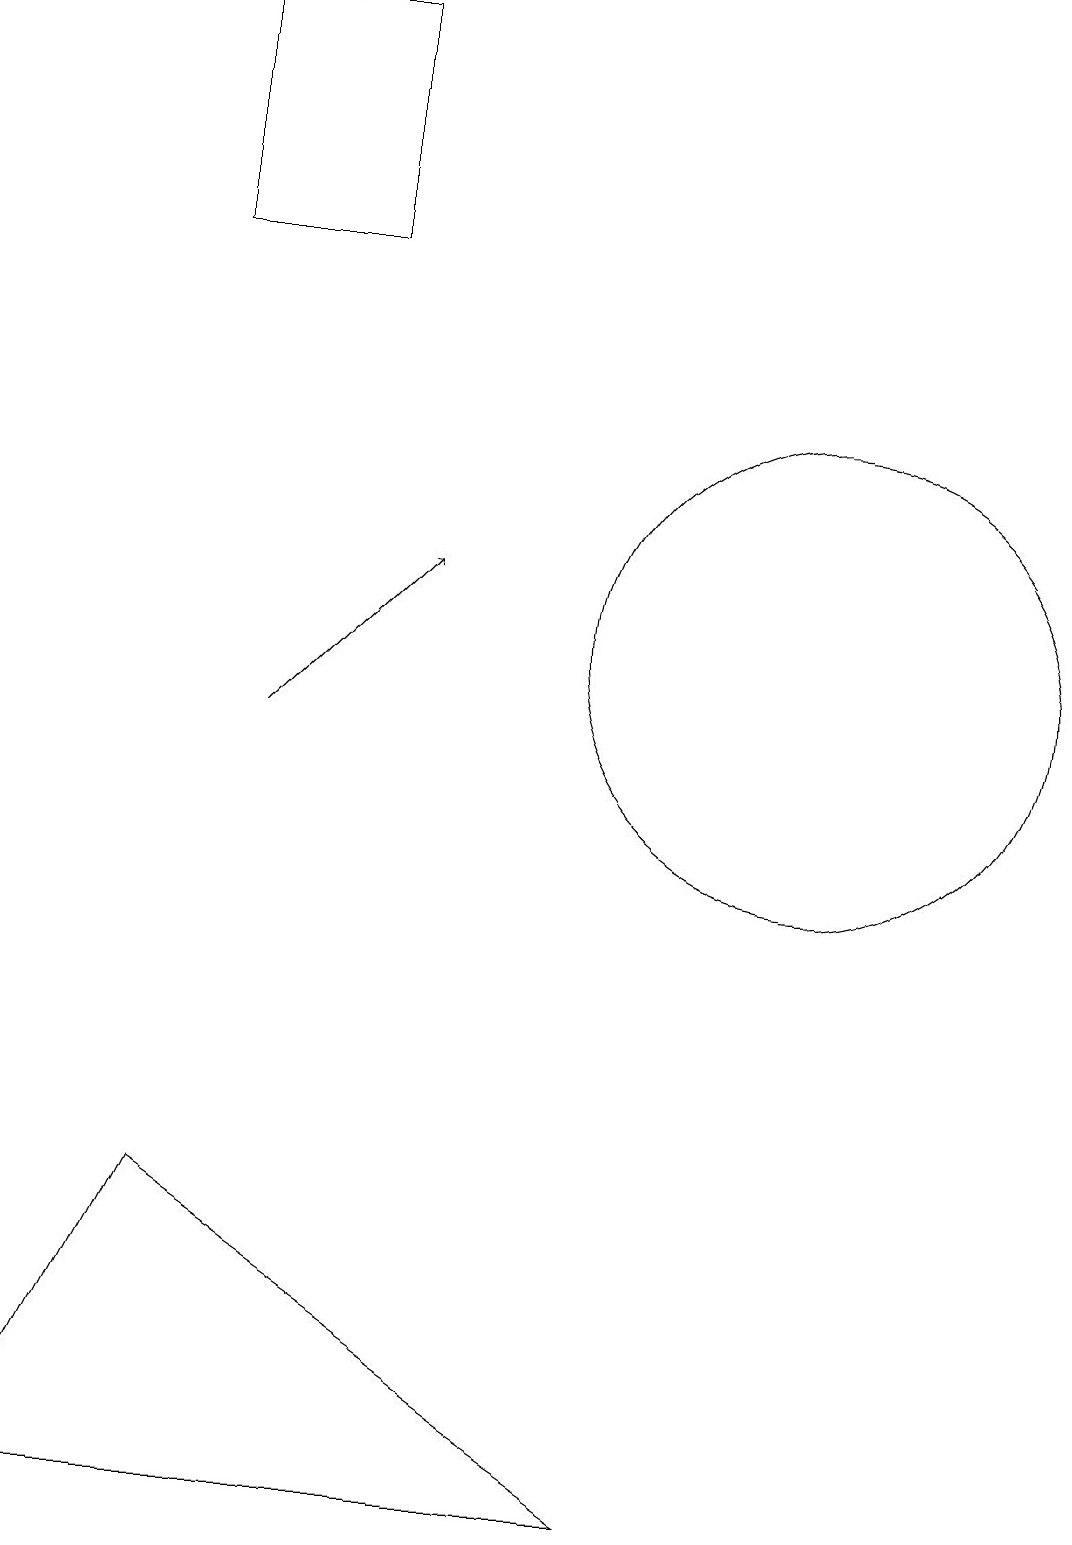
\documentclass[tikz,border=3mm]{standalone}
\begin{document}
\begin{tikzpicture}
\draw (5,16) rectangle (3,19);
\draw (11,11) circle (3);
\draw[->] (4,10) -- (6,12);
\draw (1,0) -- (9,0) -- (3,4) -- cycle;
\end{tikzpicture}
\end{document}